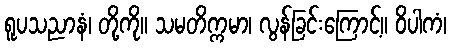
ရူပသညာနံ၊ တို့ကို။ သမတိက္ကမာ၊ လွန်ခြင်းကြောင့်။ ဝိပါကံ၊